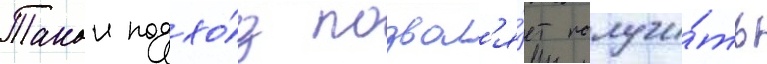
Такои подхо́д позвол'я́ет получи́ть